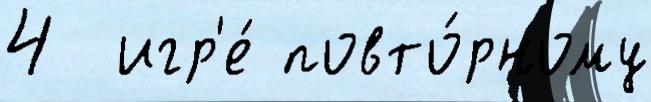
4  игр'е́ повто́рному